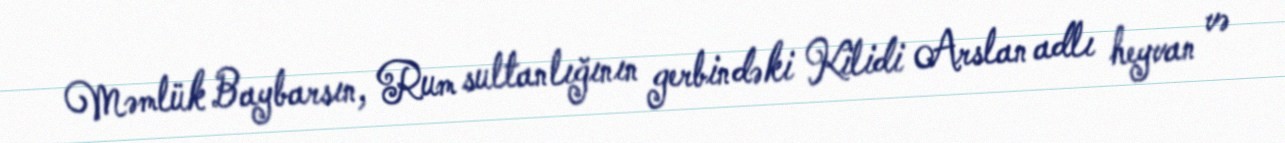
Məmlük Baybarsın, Rum sultanlığının gerbindəki Kilidi Arslan adlı heyvan və